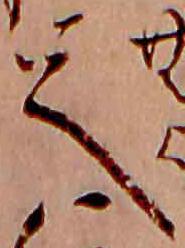
て